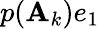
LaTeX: p(\mathbf{A}_{k})e_{1}